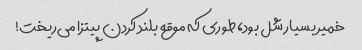
خمیر بسیار شل بود، طوری که موقع بلند کردن پیتزا می‌ریخت!